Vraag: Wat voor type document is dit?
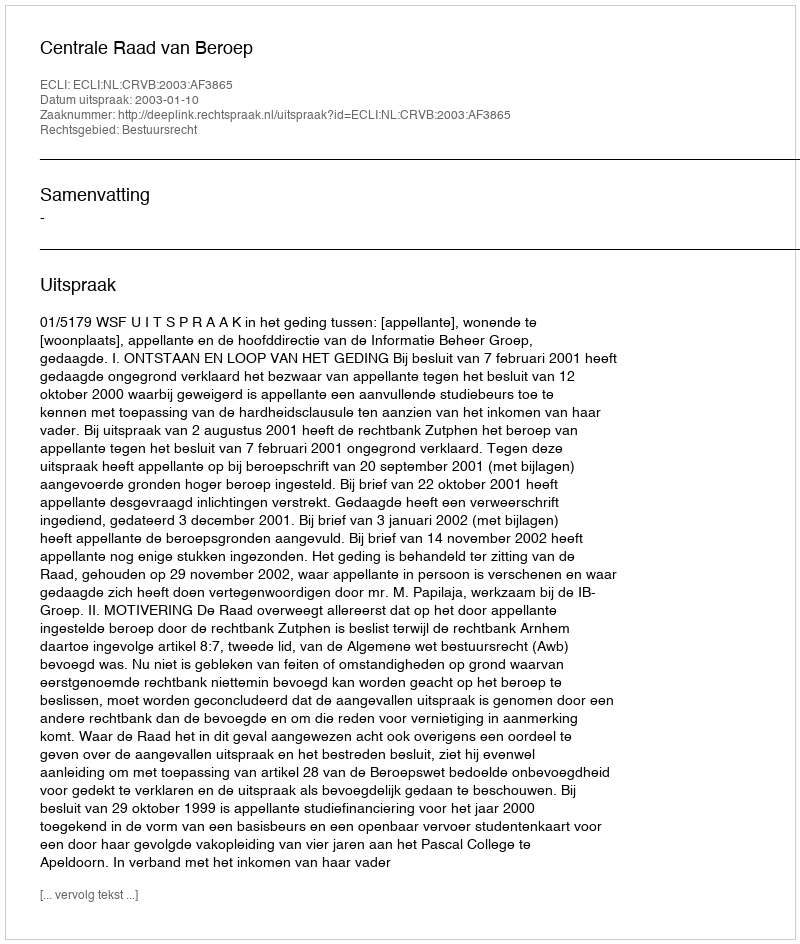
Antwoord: Uitspraak